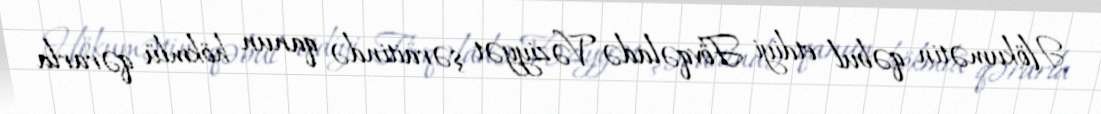
Hökumətin qəbul etdiyi Fövqəladə Vəziyyət şəraitində qanun hökmlü qərarla